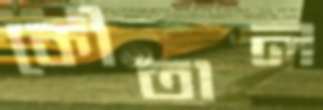
কৌতাল